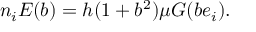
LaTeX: n _ { i } E ( b ) = h ( 1 + b ^ { 2 } ) \mu G ( b e _ { i } ) .